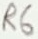
Text: R6